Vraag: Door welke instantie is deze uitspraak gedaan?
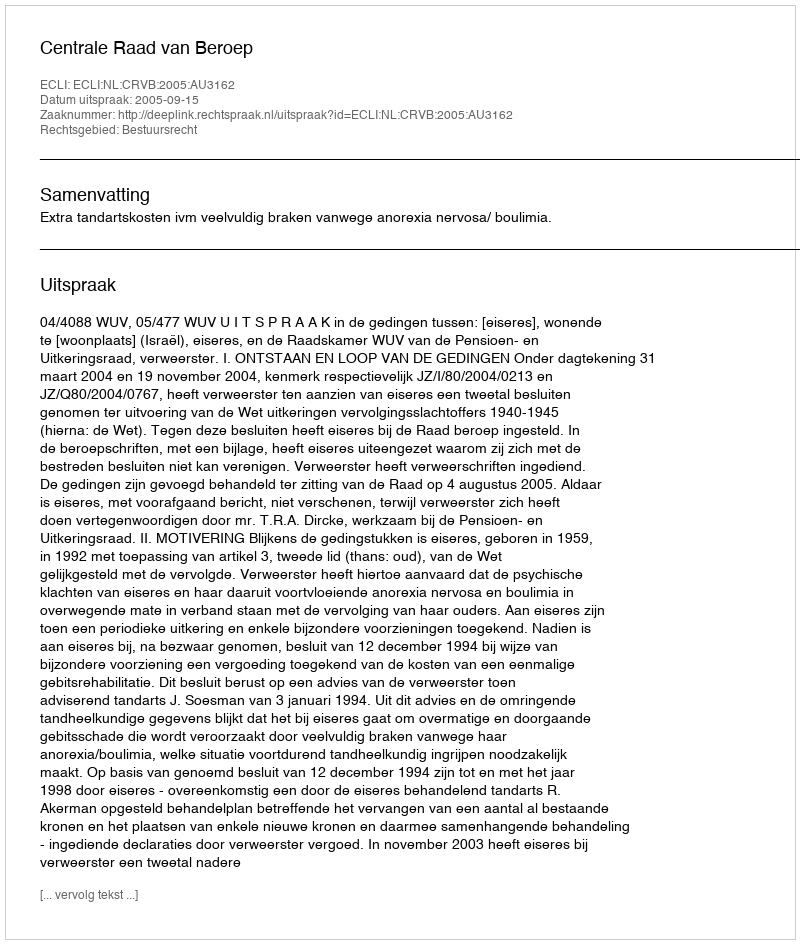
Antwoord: Centrale Raad van Beroep